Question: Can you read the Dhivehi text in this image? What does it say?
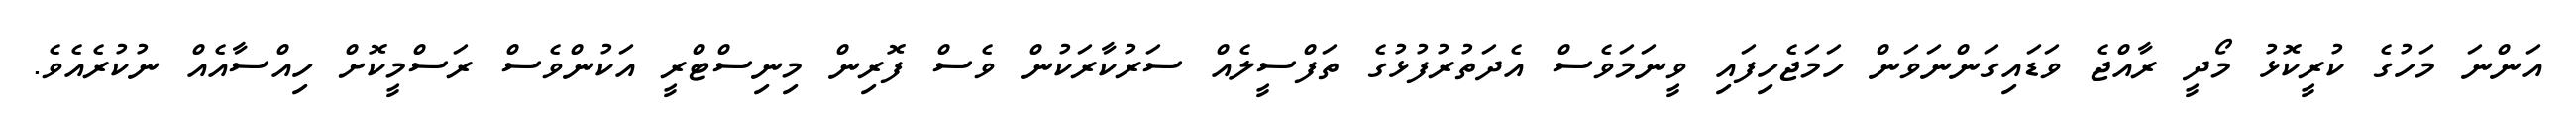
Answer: އަންނަ މަހުގެ ކުރީކޮޅު މޯދީ ރާއްޖެ ވަޑައިގަންނަވަން ހަމަޖެހިފައި ވީނަމަވެސް އެދަތުރުފުޅުގެ ތަފްސީލެއް ސަރުކާރަކުން ވެސް ފޮރިން މިނިސްޓްރީ އަކުންވެސް ރަސްމީކޮށް ހިއްސާއެއް ނުކުރެއެވެ.